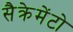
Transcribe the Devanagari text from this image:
सैक्रेमेंटो